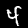
Digit: 4